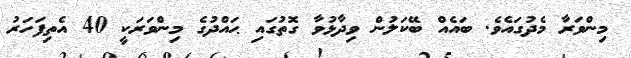
މިންވަރާ މެދުގައެވެ. ބައެއް ބޭކަލުން ވިދާޅުވާ ގޮތުގައި ޙައްދުގެ މިންވަރަކީ 40 އެތިފަހަރު